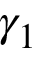
\gamma _ { 1 }